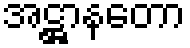
အဋ္ဌာနတော